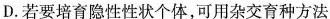
D.若要培育隐性性状个体，可用杂交育种方法